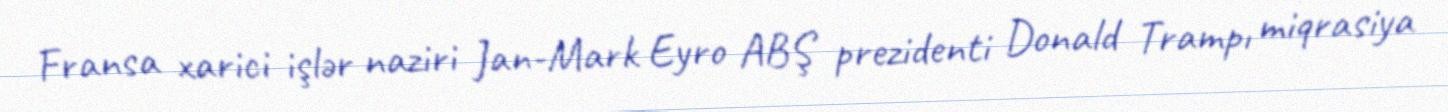
Fransa xarici işlər naziri Jan-Mark Eyro ABŞ prezidenti Donald Trampı miqrasiya